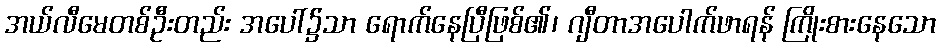
အယ်လီမေတစ်ဦးတည်း အပေါ်၌သာ ရောက်နေပြီဖြစ်၏၊ ဂျီတာအပေါက်ဖာရန် ကြိုးစားနေသော